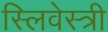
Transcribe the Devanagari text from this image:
स्लिवेस्त्री